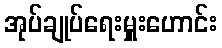
အုပ်ချုပ်ရေးမှူးဟောင်း